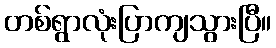
တစ်ရွာလုံးပြာကျသွားပြီ။